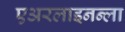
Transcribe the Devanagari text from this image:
एअरलाइनन्ला